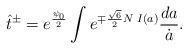
LaTeX: \begin{align*}\hat t^\pm=e^\frac{\psi_0}{2}\int e^{\mp\frac{\sqrt{6}}{2}N\;I(a)}\frac{da}{\dot a}.\end{align*}